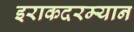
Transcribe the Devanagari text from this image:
इराकदरम्यान